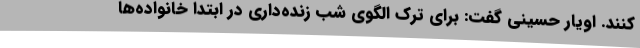
کنند. اویار حسینی گفت: برای ترک الگوی شب زنده‌داری در ابتدا خانواده‌ها